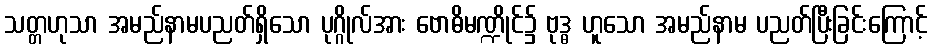
သတ္တဟုသာ အမည်နာမပညတ်ရှိသော ပုဂ္ဂိုလ်အား ဗောဓိမဏ္ဍိုင်၌ ဗုဒ္ဓ ဟူသော အမည်နာမ ပညတ်ပြီးခြင်းကြောင့်